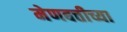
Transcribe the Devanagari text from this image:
मेणबत्तीच्या